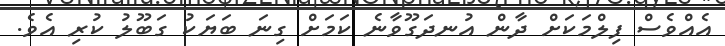
އެއްވެސް ފިލްމަކަށް ދާން އުނދަގޫވާނެ ކަމަށް ގިނަ ބަޔަކު ގަބޫލު ކުރި އެވެ.